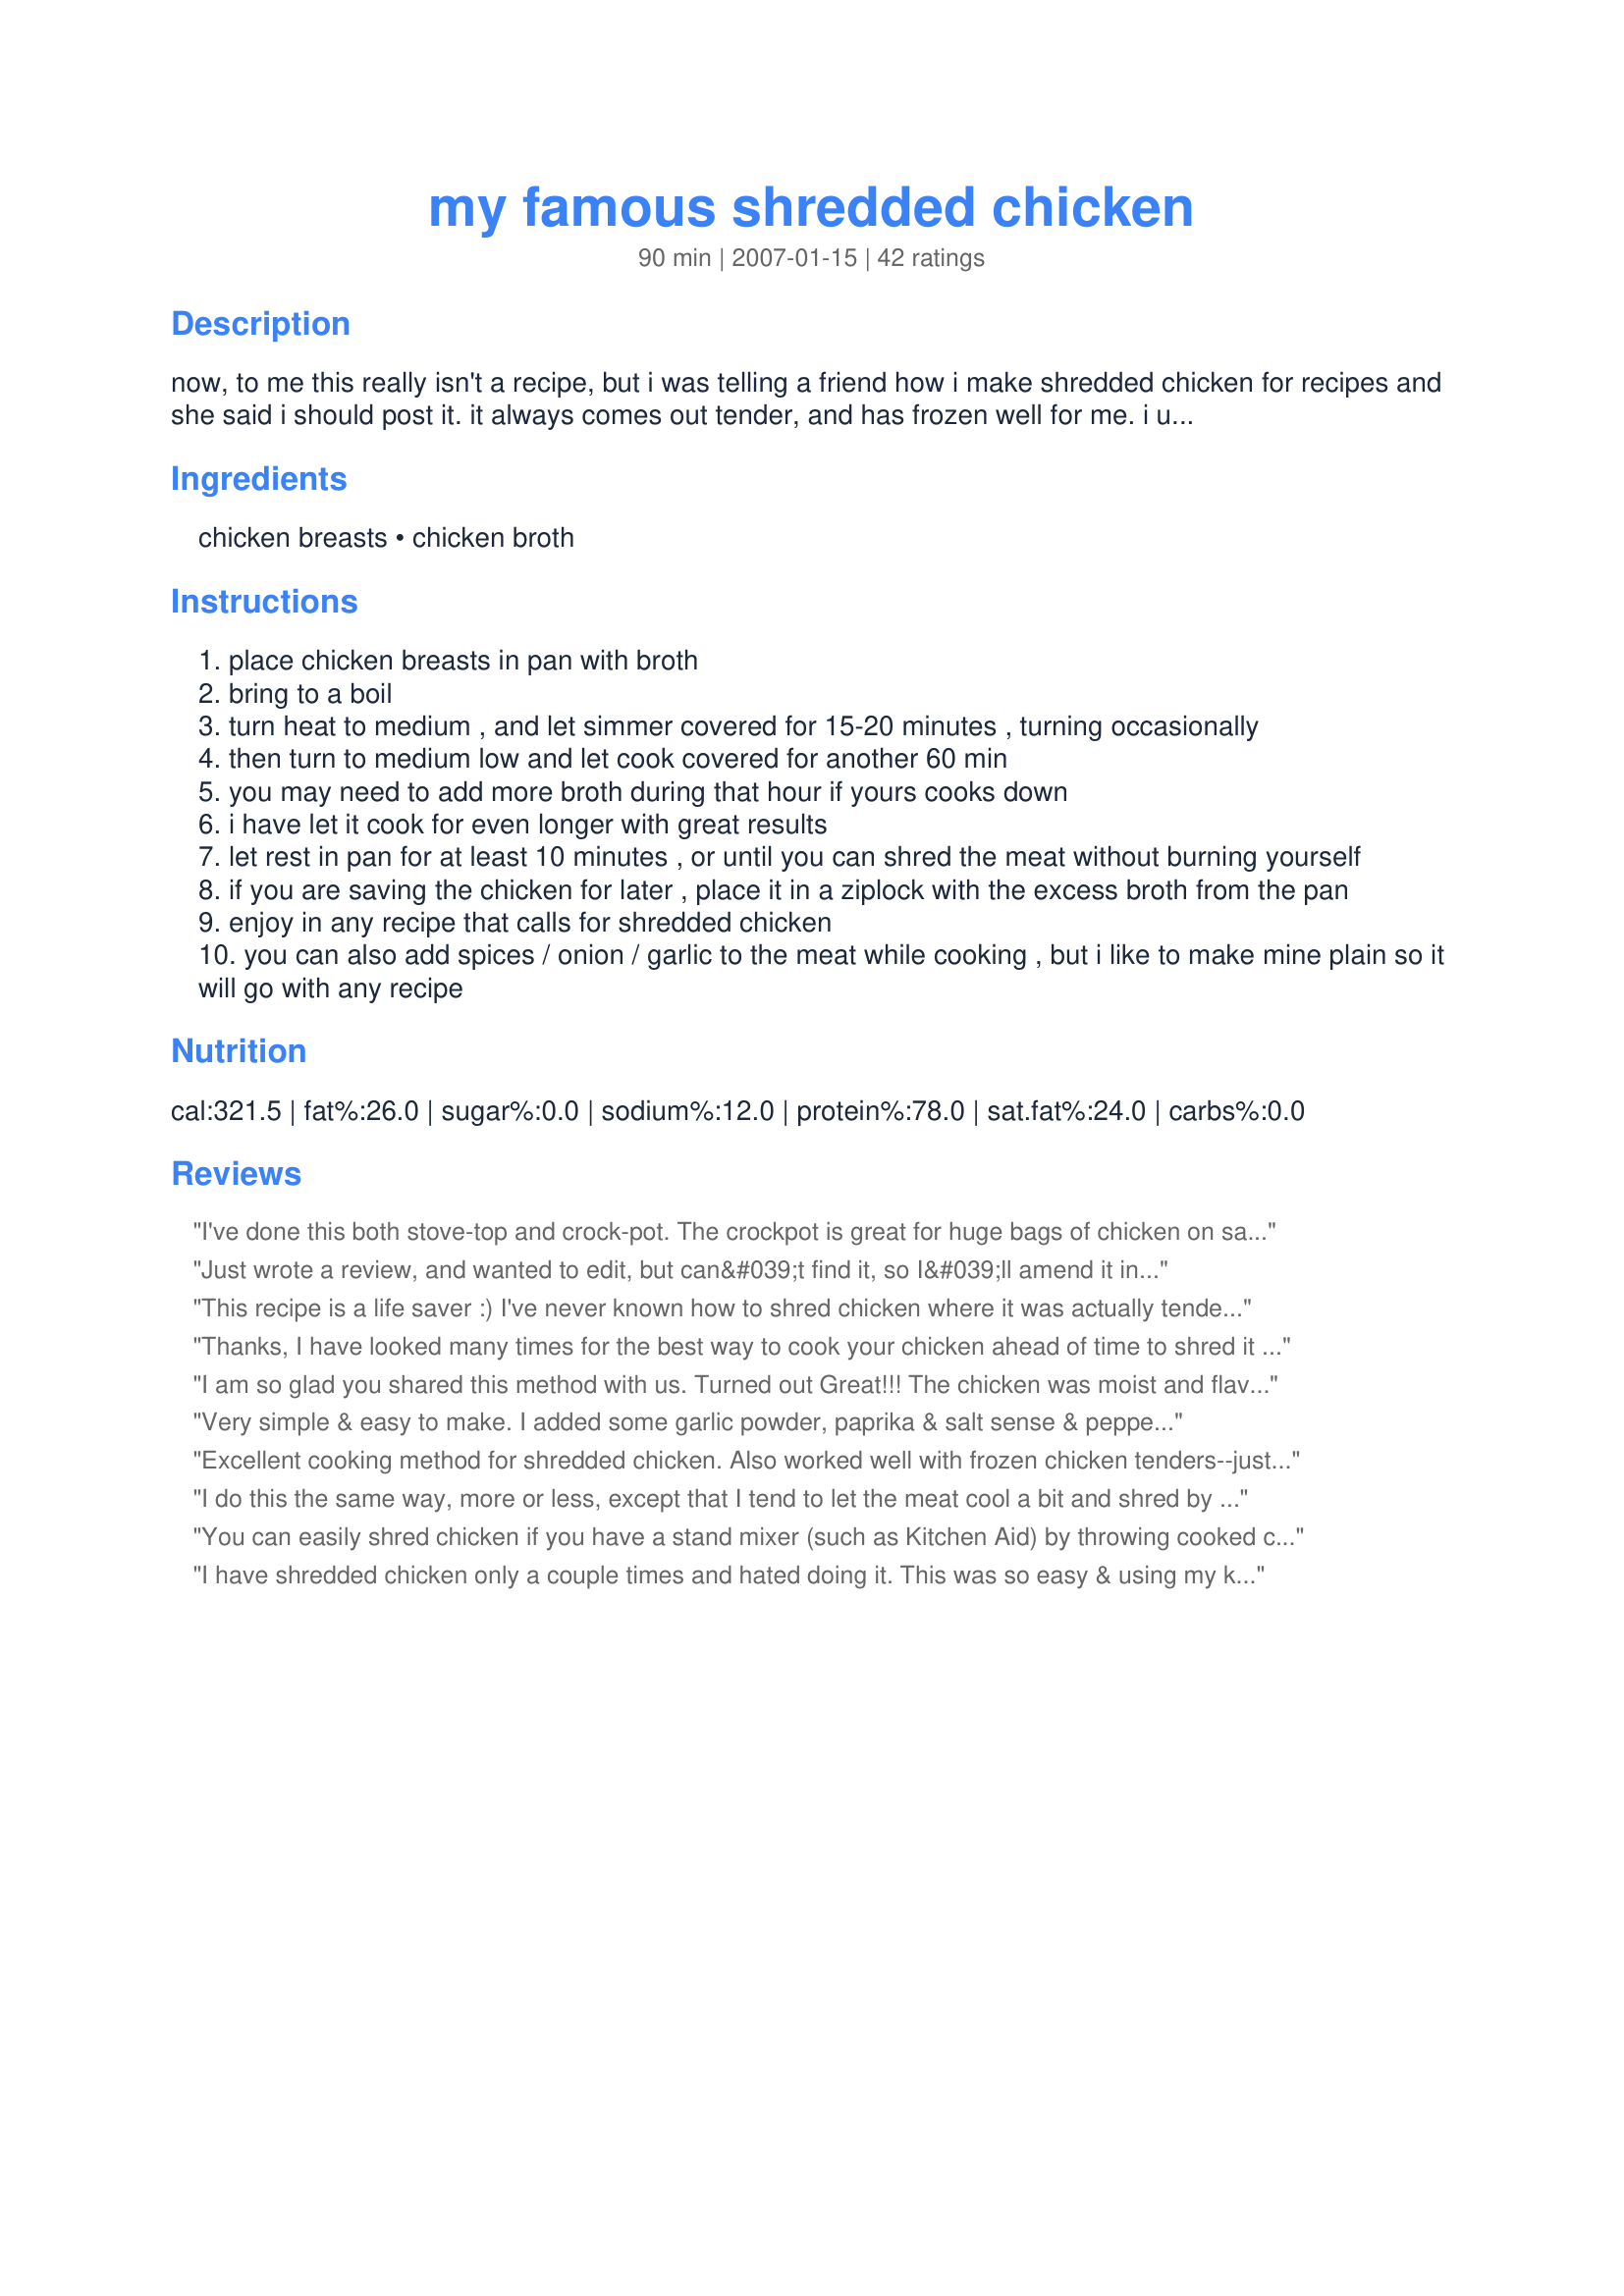
my famous shredded chicken
Preparation time: 90 minutes

now, to me this really isn't a recipe, but i was telling a friend how i make shredded chicken for recipes and she said i should post it. it always comes out tender, and has frozen well for me. i usually make double at once for oamc since it is so easy.

Ingredients:
chicken breasts, chicken broth

Steps:
place chicken breasts in pan with broth
bring to a boil
turn heat to medium , and let simmer covered for 15-20 minutes , turning occasionally
then turn to medium low and let cook covered for another 60 min
you may need to add more broth during that hour if yours cooks down
i have let it cook for even longer with great results
let rest in pan for at least 10 minutes , or until you can shred the meat without burning yourself
if you are saving the chicken for later , place it in a ziplock with the excess broth from the pan
enjoy in any recipe that calls for shredded chicken
you can also add spices / onion / garlic to the meat while cooking , but i like to make mine plain so it will go with any recipe

Reviews:
I've done this both stove-top and crock-pot. The crockpot is great for huge bags of chicken on sale but the stovetop is much easier for lesser amounts. Sometimes I brown the chicken a bit in the pan before adding the broth; the little browned bits seem to add a lot of flavor to the broth as it cooks down. I usually simmer it even longer, as you mentioned, and just add broth as needed. The chicken stays so tender and moist that way, especially if it's frozen with the broth. Thanks so much for posting!
Just wrote a review, and wanted to edit, but can&#039;t find it, so I&#039;ll amend it instead. Used this to make chicken enchiladas yesterday, and it worked perfectly. I added just a bit of salt and pepper, for flavor, will try other seasonings, for other dishes.
This recipe is a life saver :) I've never known how to shred chicken where it was actually tender...but this is it! I was kind of in a hurry, and only simmered it for maybe 45 minutes, but it was still just perfect! We made the most deliciouus chicken wraps with this, and I will definitely be making more very soon to freeze and use as needed! Thanks for many more dinners to come :)
Thanks, I have looked many times for the best way to cook your chicken ahead of time to shred it and this one is great. Only suggestion I would make is if you do have &quot;the time&quot; to quickly brown the chicken first and also add salt and pepper!
I am so glad you shared this method with us. Turned out Great!!! The chicken was moist and flavorful and shredded very easily.
Very simple & easy to make. I added some garlic powder, paprika & salt sense & pepper when I cooked them. My chicken breast were frozen when I started & were done in the 60 minutes. I used this for shredded chicken sandwiches. I wasn't sure how to make shredded chicken & this really helped. Thank you!
Excellent cooking method for shredded chicken. Also worked well with frozen chicken tenders--just reduced the simmering by 15 minutes and they were perfect. Thank you for sharing, Loves2Teach!
I do this the same way, more or less, except that I tend to let the meat cool a bit and shred by hand. Chicken in soups is always better shredded to me, because it sxeems more like home cooking. :-)
You can easily shred chicken if you have a stand mixer (such as Kitchen Aid) by throwing cooked chicken in mixer and using paddle attachment until shredded as small as you'd like. No need for broth but I'm sure that would make it even more tender and delicious.
I have shredded chicken only a couple times and hated doing it. This was so easy & using my kitchen aid mixer was amazing, a few minutes and its shredded. Chicken came out tender & tasty. I also added some salt, pepper, garlic & onion powder, it made the house smell wonderful.
This is so simple to start any shredded chicken recipe you want to make taste fantastic! Have made from frozen and thawed. Add a little spice to your broth adds a little spark to your mexican dishes.. thank you mm mm good.
Excellent method. I used frozen breasts and seasoned the broth with black pepper and grill seasoning. Shredded very easily by hand. Thanks for the recipe!!
I love this recipe. I added sliced onion and taco seasoning and my family just loved it. I also made it for a family potluck and it got rave reviews. Thank you.
Great! Thanks. I used the chicken for a BBQ chicken pizza (w/ Sweet Baby Ray's BBQ sauce, roasted red onions and cheese). So simple and yummy!... and the kids LOVED IT.
I love shredded chicken, and it seems I've always just been too impatient to cook it long enough to shred properly. I followed your instructions (though I just used water) and it shredded easily. Thanks!
I always made boiled chicken to shred but making it this way gives it a nice flavor. Used some in a recipe and froze some for later. Will be making my chicken this way from now on.
Perfect, I heard its simple to make shredded chicken but I have never done it, Thank you for teaching me how. I have used this more times than I can count! Thank you!
So delicious and way too easy. I added a bit more stock, a bay leaf, a bay leaf, salt and pepper. Super delicious and very versatile!
What brand chicken breasts did you use? I really want to try this
Very simple! I used frozen chicken tender strips and still only needed about 60 minutes, as recipe recommends. Very easy to shred and the house smelled really good!
Awesome! My fridge and freezer went so I used this to cook some of my defrosted chicken. I used 6 boneless skinless breasts. I added 1/2tsp. salt, pepper and garlic powder. Also sprinkled in some red pepper flakes. This shredded beautifully and was very moist! I let it sit a little while in the broth to soak up extra juice so it would freeze nicely. I put the rest of the broth in an ice cube tray and froze it so I'll have broth cubes. I'm well on my way to re-stocking my freezer. I chose to do this on the stove top as I already had another chicken recipe cooking in the crockpot! I did following the cooking time exactly. I'm very happy I chose this recipe. Thank you!
I did this in the crockpot as I had a lot of errands to run. Next time I will follow the recipe exactly (on the stovetop) and add some seasoning to the chicken. Thanks for the recipe!
Excellent. Moist, fully flavored. Yummy!
I like this recipe, making the chicken low and slow. I used low sodium chicken broth only and the flavor was perfect.
Thanks for sharing your method! I've never done shredded chicken before I saw this 'recipe', mostly because I assumed it was a lengthy, tedious process. And yeah, it's so easy! I have used this method many times now, and it turns out great every time. Thanks!
What's wrong with Walmart chicken?
Thanks for the recipe
Hahahahaha!!! Finally!! Thank you so much for this easy to follow demystification of shredding chicken! It has eluded me for years! I followed your instructions last night and my chicken tacos were fantastic! I made a huge batch and will use more of the shredded chicken tonight in soup! I really can&#039;t thank you enough! All the best!
I never knew shredded chicken could be so quick and easy. It came out very tender. I made this to go in GrammaJeanne's Pollo a la Crema (#282384), so I added some spices. My husband loved it! In fact, I had a hard time keeping him from eating all the chicken before I could add it to the crema sauce.
Used this foolproof method for shredded chicken, would give 10 stars if I could! Marinated 2 chicken breasts for a chinese chicken salad recipe beforehand and it was INCREDIBLE!!!! Thank you so much for this!
Excellent, moist chicken. Mine took about 40 minutes to cook and I repeatedly turned the chicken breasts so that the top stayed moist. I used low sodium chicken broth as the chicken stock condenses and is absorbed by the chicken while cooking. Regular chicken broth left the chicken too salty for most of my family. Definitely will make again. This bunch was added to a huge batch of veggie chili!!
Great cooking tip and much better than store bought cooked chicken. Have frozen to use in a multitude of dishes later on. I thought that there was not going to be enough liquid for all that chicken, but it was just right leaving enough to freeze with the meat.I am going to experiment next time with veg stock, or adding garlic herbs etc to use in specific dishes.
Perfect shredded chicken had eluded me up until I found this.. as a matter of fact.. it was impossible.. but now? Tender shredded chicken is less than an hour and a half away!
This is a great way to make chicken, especially when chicken is on sale and you can buy a bunch and freeze it in usage size ziplock bags. I did add garlic powder and onion powder to the broth and the chicken turned out fabulous! I'm going to use this method a lot!
Easy and delicious! I added Mexican spices to the broth and the chicken kept tons of flavor. It fell apart even before the cooking time was over. I will keep this recipe and tweak the spices for whatever I'm cooking that day. Thank you for posting this, I will use this all the time!
I used bone-in, skin-on chicken breasts and it worked like a dream. Only difference was I used probably 2 cups of chicken broth instead of one because of the added bulk of the bones, but everything else was right on (even the time). The meat was ridiculously easy to render from the skin and bones at the end of the hour. Thanks so much!!
Thank you for sharing this recipe. I&#039;ve tried the slow cooker recipe for making shredded chicken but this method is so much better. The tender texture is perfect for many uses, even after having been frozen. So far, we have had shredded bbq chicken sandwiches and some delicious enchiladas using this chicken. This recipe has been added to my recipe book for those times when I don&#039;t have internet access.
Thanks for demystifying the world of shredded chicken! It&#039;s embarrassing that I have tried many times and failed to make chicken that was both easy and flavorful. I tend to use shredded chicken in Mexican dishes and add a little fajita seasoning, cayenne pepper, garlic, and salt and pepper. Turns out great for enchiladas and southwestern salads. Added bonus that I can save the broth to freeze and give to my dog as a treat.
I love it!! I did season mine since I'd only be using it today for nachos. Amazing. Tender not juicy but moist. I can make this for tacos, taquitos, flautas... Super glad I found this. Thanks!!
Thanks for posting this great &quot;recipe&quot; for shredded chicken. I have cooked chicken for shredding, both on top of stove and in crockpot without any real &quot;formula&quot; for years but the results were not always consistent. (I have always preferred the on top of stove version.) Your instructions gave a moist result with easy shredding. Glad you posted it.
Great recipe, thanks! I made it for chicken tortilla wraps so I added a bunch of spices to the chicken and to the broth and it was super extra flavorful. Chicken was super tender and easy to pull. I did cut my 2 breasts in halves(they were big) and used 2 cups of broth total. 45 mins on low was enough instead of 60. Will make again!!
I've made this a couple of times now; the only difference was in the method I cooked the breasts. I placed frozen boneless skinless chicken breasts into my crockpot, and added enough sodium-reduced chicken broth to cover. Cooked on low for about 6 hours, and shredded easily with a couple of forks. We use this chicken in salads, wraps, quesadillas, etc. The possibilities are endless.
